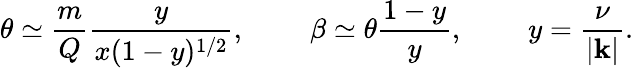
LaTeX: \theta\simeq\frac{m}{Q}\frac{y}{x(1-y)^{1/2}},~~~~\ ~~~~\beta\simeq\theta\frac{1-y}{y},~~~~\ ~~~~y=\frac{\nu}{|{\mathbf k}|}.